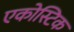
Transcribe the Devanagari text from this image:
एकोस्टिक